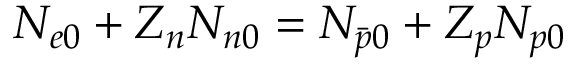
N _ { e 0 } + Z _ { n } N _ { n 0 } = N _ { \bar { p } 0 } + Z _ { p } N _ { p 0 }